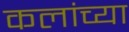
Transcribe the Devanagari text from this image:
कलांच्‍या